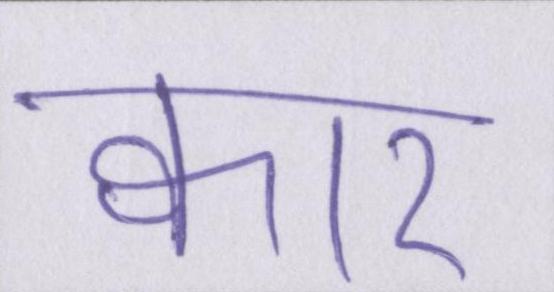
क्वार